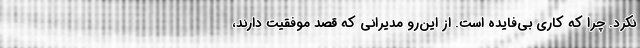
نکرد. چرا که کاری بی‌فایده است. از این‌رو مدیرانی که قصد موفقیت دارند،